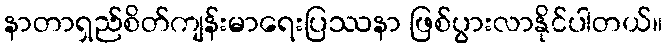
နာတာရှည်စိတ်ကျန်းမာရေးပြဿနာ ဖြစ်ပွားလာနိုင်ပါတယ်။